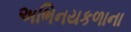
અભિનયકળાના